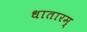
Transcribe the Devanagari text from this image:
धातारम्